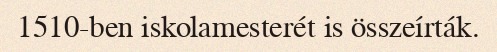
1510-ben iskolamesterét is összeírták.